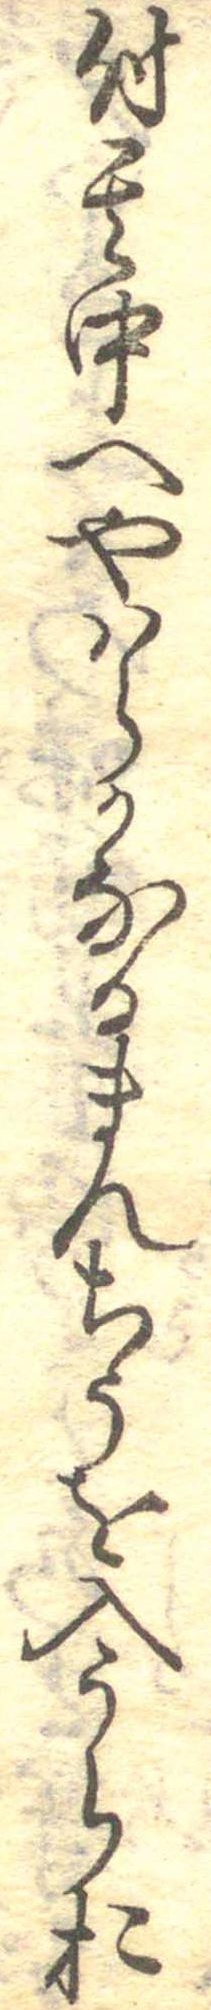
付其中へやはらかなるまんちうを入うらお